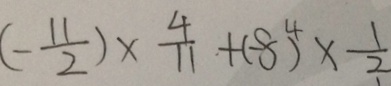
( - \frac { 1 1 } { 2 } ) \times \frac { 4 } { 1 1 } + ( - 8 ) ^ { 4 } \times \frac { 1 } { 2 }